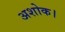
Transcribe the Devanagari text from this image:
अशोक।